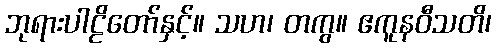
ဘုရားပါဠိတော်နှင့်။ သဟ၊ တကွ။ ဧကူနဝီသတိ၊